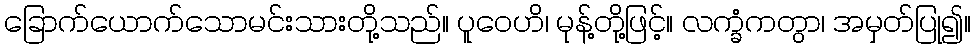
ခြောက်ယောက်သောမင်းသားတို့သည်။ ပူဝေဟိ၊ မုန့်တို့ဖြင့်။ လက္ခံကတွာ၊ အမှတ်ပြု၍။